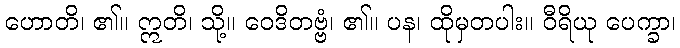
ဟောတိ၊ ၏။ ဣတိ၊ သို့။ ဝေဒိတဗ္ဗံ၊ ၏။ ပန၊ ထိုမှတပါး။ ဝီရိယု ပေက္ခာ၊